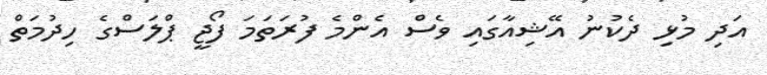
އަދި މުޅި ދެކުނު އޭޝިއާގައި ވެސް އެންމެ ފުރަތަމަ ފޯޖީ ޕްލަސްގެ ހިދުމަތް